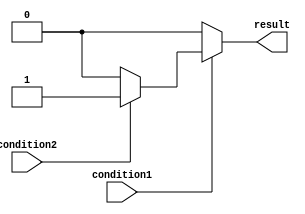
module nested_if_else_example (
    input wire condition1,
    input wire condition2,
    output reg result
);

always @(*) begin
    if (condition1) begin
        if (condition2) begin
            result <= 1'b1;
        end
        else begin
            result <= 1'b0;
        end
    end
    else begin
        result <= 1'b0;
    end
end

endmodule